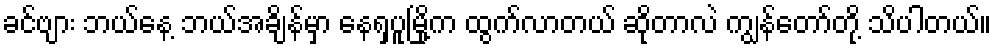
ခင်ဗျား ဘယ်နေ့ ဘယ်အချိန်မှာ နေရှပူမြို့က ထွက်လာတယ် ဆိုတာလဲ ကျွန်တော်တို့ သိပါတယ်။